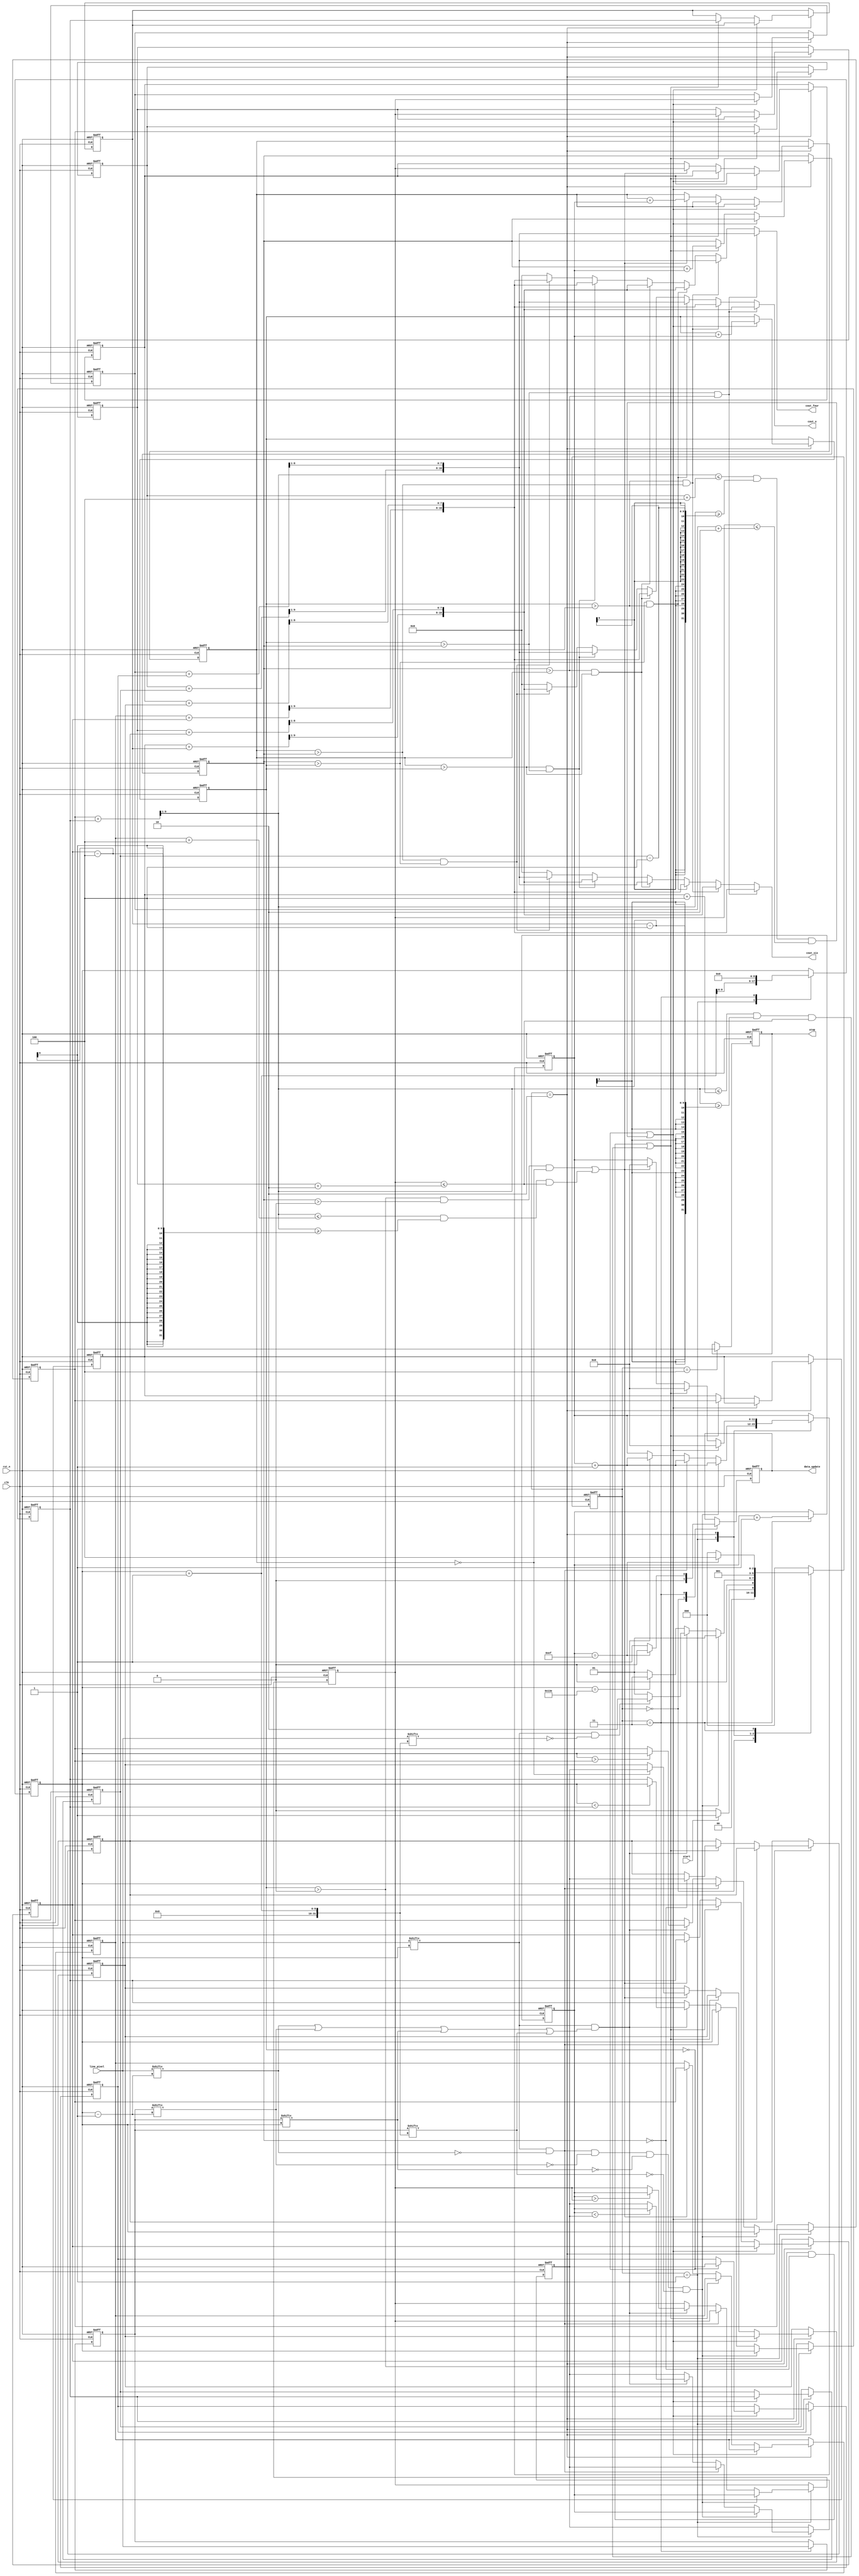
module vision_core(
    input [319:0]line_pixel,
    input clk,
    input rst_n,
    input start,
    output reg[16:0] cout_six,
    output reg[16:0] cout_o,
    output reg[16:0] cout_four,
    output reg data_update,
    output reg stop
);

parameter IDLE = 3'b000,PROCESS = 3'b001,MERGE = 3'b010,UPDATE = 3'b011,DONE = 3'b100;
reg [2:0]state,next_state;

reg[9:0]x_1,x_2,x_3,x_counter;
reg[8:0]y_1,y_2,y_3,y_counter;

reg[8:0]x_1_max,x_1_min,x_2_max,x_2_min,x_3_max,x_3_min,x_counter_max,x_counter_min;
reg[7:0]y_1_max,y_1_min,y_2_max,y_2_min,y_3_max,y_3_min,y_counter_max,y_counter_min;

reg[11:0]counter_1,counter_2,counter_3,counter;

reg[8:0]col;
reg[7:0]row;

reg[319:0]line_pixel_last;

wire new_area,same_area,scan_done,new_area_row;


//!
assign new_area = (line_pixel[col] == 1)
                &&(line_pixel[col-1] == 0)
                &&(line_pixel_last[col-1] == 0)
                &&(line_pixel_last[col] == 0)
                &&(line_pixel_last[col+1] == 0);

//!
assign same_area = (line_pixel[col] == 1)
                &&((line_pixel[col-1] == 1)
                ||(line_pixel_last[col-1] == 1)
                ||(line_pixel_last[col] == 1)
                ||(line_pixel_last[col+1] == 1));

//!
assign scan_done = (line_pixel[col] == 1)&&(line_pixel[col+1] == 0);

//!
assign new_area_row = (line_pixel[col] == 1)&&(line_pixel[col-1] == 0);

//!
always @(posedge clk or negedge rst_n) begin
    if(~rst_n)
        state <= IDLE;
    else
        state <= next_state;
end

//!
always @(*) begin
    case (state)
        IDLE:begin
            if(start)
                next_state = PROCESS;
            else
                next_state = IDLE; 
        end
        PROCESS:begin
            if(new_area)begin
                next_state = PROCESS;
            end
            else if(same_area)begin
                if(scan_done)
                    next_state = MERGE;
                else
                    next_state = PROCESS;
            end
            else if(col == 318)begin
                next_state = UPDATE;
            end
            else begin
                next_state = PROCESS;
            end
        end
        MERGE:begin
            next_state = PROCESS;
        end
        UPDATE:begin
            if(row == 239)
                next_state = DONE;
            else begin
                next_state = IDLE;
            end
        end
        DONE:begin
            next_state = IDLE;
        end
        default:next_state = IDLE;
    endcase
end

//!
always @(*) begin
    x_counter = (x_counter_max + x_counter_min) >> 1;
	y_counter = (y_counter_max + y_counter_min) >> 1;
	x_1 = (x_1_max + x_1_min) >> 1;
	y_1 = (y_1_max + y_1_min) >> 1;
	x_2 = (x_2_max + x_2_min) >> 1;
	y_2 = (y_2_max + y_2_min) >> 1;
	x_3 = (x_3_max + x_3_min) >> 1;
	y_3 = (y_3_max + y_3_min) >> 1;
    if (counter_1 > counter_2 &&counter_2 > counter_3)begin
        cout_four = {x_1[8:0],y_1[7:0]};
        cout_o = {x_2[8:0],y_2[7:0]};
        cout_six = {x_3[8:0],y_3[7:0]};
    end
    else if(counter_1 > counter_3&&counter_3 > counter_2)begin
        cout_four = {x_1[8:0],y_1[7:0]};
        cout_o = {x_3[8:0],y_3[7:0]};
        cout_six = {x_2[8:0],y_2[7:0]};
    end
    else if(counter_2 > counter_1&&counter_1 > counter_3)begin
        cout_four = {x_2[8:0],y_2[7:0]};
        cout_o = {x_1[8:0],y_1[7:0]};
        cout_six = {x_3[8:0],y_3[7:0]};
    end
    else if(counter_2 > counter_3&&counter_3 > counter_1)begin
        cout_four = {x_2[8:0],y_2[7:0]};
        cout_o = {x_3[8:0],y_3[7:0]};
        cout_six = {x_1[8:0],y_1[7:0]};
    end
    else if(counter_3 > counter_1&&counter_1 > counter_2)begin
        cout_four = {x_3[8:0],y_3[7:0]};
        cout_o = {x_1[8:0],y_1[7:0]};
        cout_six = {x_2[8:0],y_2[7:0]};
    end
    else if(counter_3 > counter_2&&counter_2 > counter_1)begin
        cout_four = {x_3[8:0],y_3[7:0]};
        cout_o = {x_2[8:0],y_2[7:0]};
        cout_six = {x_1[8:0],y_1[7:0]};
    end
    else begin
        cout_four = 0;
        cout_o = 0;
        cout_six = 0;
    end
end

//!
always @(posedge clk or negedge rst_n) begin
    if(~rst_n)begin
        col <= 0;
        row <= 0;
        counter <= 0;
        x_counter_max <= 0;
        x_counter_min <= 0;
        y_counter_max <= 0;
        y_counter_min <= 0;
        counter_1 <= 0;
        counter_2 <= 0;
        counter_3 <= 0;
        x_1_max <= 0;
        x_1_min <= 0;
        y_1_max <= 0;
        y_1_min <= 0;
        x_2_max <= 0;
        x_2_min <= 0;
        y_2_max <= 0;
        y_2_min <= 0;
        x_3_max <= 0;
        x_3_min <= 0;
        y_3_max <= 0;
        y_3_min <= 0;
        data_update <= 0;
        stop <= 0;
        line_pixel_last <= 0;
    end
    else begin
        case (state)
        IDLE:begin
			col <= col;
            row <= row;
            counter <= counter;
            x_counter_max <= x_counter_max;
            x_counter_min <= x_counter_min;
            y_counter_max <= y_counter_max;
            y_counter_min <= y_counter_min;
            counter_1 <= counter_1;
            counter_2 <= counter_2;
            counter_3 <= counter_3;
            x_1_max <= x_1_max;
            x_1_min <= x_1_min;
            y_1_max <= y_1_max;
            y_1_min <= y_1_min;
            x_2_max <= x_2_max;
            x_2_min <= x_2_min;
            y_2_max <= y_2_max;
            y_2_min <= y_2_min;
            x_3_max <= x_3_max;
            x_3_min <= x_3_min;
            y_3_max <= y_3_max;
            y_3_min <= y_3_min;
            data_update <= 0;
            stop <= stop;
            line_pixel_last <= line_pixel_last;
        end
        PROCESS:begin
            col <= col + 1;
            if(new_area)begin
                counter <= counter + 1;
                x_counter_max <= col;
                x_counter_min <= col;
                y_counter_max <= row;
                y_counter_min <= row;
            end
            else if(new_area_row)begin
                counter <= counter + 1;
                x_counter_min <= col;
                x_counter_max <= col;
            end
            else if(same_area)begin
                counter <= counter + 1;
                x_counter_max <= (col > x_counter_max)?col:x_counter_max;
                x_counter_min <= (col < x_counter_min)?col:x_counter_min;
                y_counter_max <= (row > y_counter_max)?row:y_counter_max;
                y_counter_min <= (row < y_counter_min)?row:y_counter_min;
            end
            else begin
                x_counter_max <= x_counter_max;
                x_counter_min <= x_counter_min;
                y_counter_max <= y_counter_max;
                y_counter_min <= y_counter_min;
                counter <= counter;
            end
        end
        MERGE:begin
            if(counter_1 == 0
            ||(x_counter<=(x_1_max+4)&&x_counter>=(x_1_min-4)&&y_counter_max<=(y_1_max+2)))begin
                if(counter_1 == 0)begin
                    x_1_max <= x_counter_max;
                    x_1_min <= x_counter_min;
                    y_1_max <= y_counter_max;
                    y_1_min <= y_counter_min;
                end
                else begin
                    x_1_max <= x_counter_max;
                    x_1_min <= x_counter_min;
                    y_1_max <= y_counter_max;
                    y_1_min <= y_1_min;
                end
                counter_1 <= counter_1 + counter;
                counter <= 0;
            end
            else if((counter_1 > 0&&counter_2 == 0)
            ||(x_counter<=(x_2_max+4)&&x_counter>=(x_2_min-4)&&y_counter_max<=(y_2_max+2)))begin
                if(counter_2 == 0)begin
                    x_2_max <= x_counter_max;
                    x_2_min <= x_counter_min;
                    y_2_max <= y_counter_max;
                    y_2_min <= y_counter_min;
                end
                else begin
                    x_2_max <= x_counter_max;
                    x_2_min <= x_counter_min;
                    y_2_max <= y_counter_max;
                    y_2_min <= y_2_min;
                end
                counter_2 <= counter_2 + counter;
                counter <= 0;
            end
            else if((counter_1 > 0&&counter_2 > 0&&counter_3 == 0)
            ||(x_counter<=(x_3_max+4)&&x_counter>=(x_3_min-4)&&y_counter_max<=(y_2_max+2)))begin
                if(counter_3 == 0)begin
                    x_3_max <= x_counter_max;
                    x_3_min <= x_counter_min;
                    y_3_max <= y_counter_max;
                    y_3_min <= y_counter_min;
                end
                else begin
                    x_3_max <= x_counter_max;
                    x_3_min <= x_counter_min;
                    y_3_max <= y_counter_max;
                    y_3_min <= y_3_min;
                end
                counter_3 <= counter_3 + counter;
                counter <= 0;
            end
            else begin
                x_1_max <= x_1_max;
                x_1_min <= x_1_min;
                y_1_max <= y_1_max;
                y_1_min <= y_1_min;
                counter_1 <= counter_1;
                x_2_max <= x_2_max;
                x_2_min <= x_2_min;
                y_2_max <= y_2_max;
                y_2_min <= y_2_min;
                counter_2 <= counter_2;
                x_3_max <= x_3_max;
                x_3_min <= x_3_min;
                y_3_max <= y_3_max;
                y_3_min <= y_3_min;
                counter_3 <= counter_3;
            end
        end
        UPDATE:begin
            col <= 0;
            row <= row + 1;
            line_pixel_last <= line_pixel;
            if(row == 239)
                data_update <= 0;
            else begin
                data_update <= 1;
            end
        end 
        DONE:begin
            stop <= 1;
        end
        default:begin
            col <= col;
            row <= row;
            counter <= counter;
            x_counter_max <= x_counter_max;
            x_counter_min <= x_counter_min;
            y_counter_max <= y_counter_max;
            y_counter_min <= y_counter_min;
            counter_1 <= counter_1;
            counter_2 <= counter_2;
            counter_3 <= counter_3;
            x_1_max <= x_1_max;
            x_1_min <= x_1_min;
            y_1_max <= y_1_max;
            y_1_min <= y_1_min;
            x_2_max <= x_2_max;
            x_2_min <= x_2_min;
            y_2_max <= y_2_max;
            y_2_min <= y_2_min;
            x_3_max <= x_3_max;
            x_3_min <= x_3_min;
            y_3_max <= y_3_max;
            y_3_min <= y_3_min;
            data_update <= data_update;
            stop <= stop;
            line_pixel_last <= line_pixel_last;
        end
    endcase
    end
end
endmodule